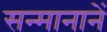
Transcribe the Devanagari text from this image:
सन्मानानें